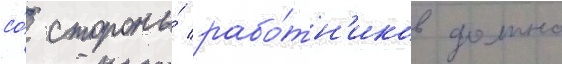
со́ стороны́ рабо́тн'иков должно